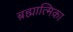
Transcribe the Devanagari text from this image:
ब्रह्मात्मिका